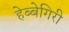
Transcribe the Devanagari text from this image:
हेब्बेगिरी